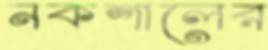
নকশালের